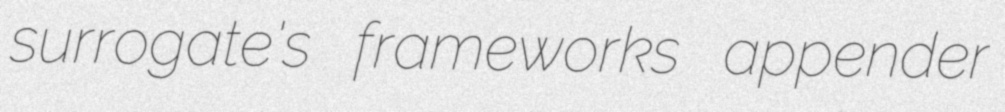
surrogate's frameworks appender